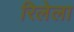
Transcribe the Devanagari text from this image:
रिलेला